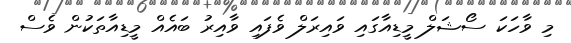
މި ވާހަކަ ސޯޝަލް މީޑިއާގައި ވައިރަލް ވެފައި ވާއިރު ބައެއް މީޑިއާތަކުން ވެސް